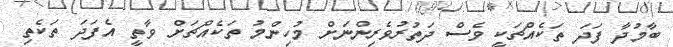
ބާމުދާ ފަދަ ތަކެއްޗަކީ ވެސް ދަތުރުވެރިންނަށް މުހިންމު ތަކެއްޗަށް ވާތީ އެފަދަ ތަކެތި